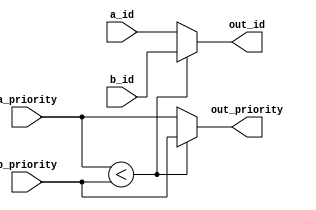
module cmp_and_mux_ID_BITS8_INTPRIORITY_BITS4
(
  a_id,
  a_priority,
  b_id,
  b_priority,
  out_id,
  out_priority
);

  input [7:0] a_id;
  input [3:0] a_priority;
  input [7:0] b_id;
  input [3:0] b_priority;
  output [7:0] out_id;
  output [3:0] out_priority;
  wire [7:0] out_id;
  wire [3:0] out_priority;
  wire N0,N1,a_is_lt_b,N2;
  assign a_is_lt_b = a_priority < b_priority;
  assign out_id = (N0)? b_id :
                  (N1)? a_id : 1'b0;
  assign N0 = a_is_lt_b;
  assign N1 = N2;
  assign out_priority = (N0)? b_priority :
                        (N1)? a_priority : 1'b0;
  assign N2 = ~a_is_lt_b;

endmodule